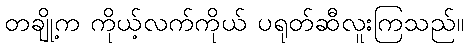
တချို့က ကိုယ့်လက်ကိုယ် ပရုတ်ဆီလူးကြသည်။